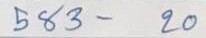
583 - 20